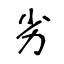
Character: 劣